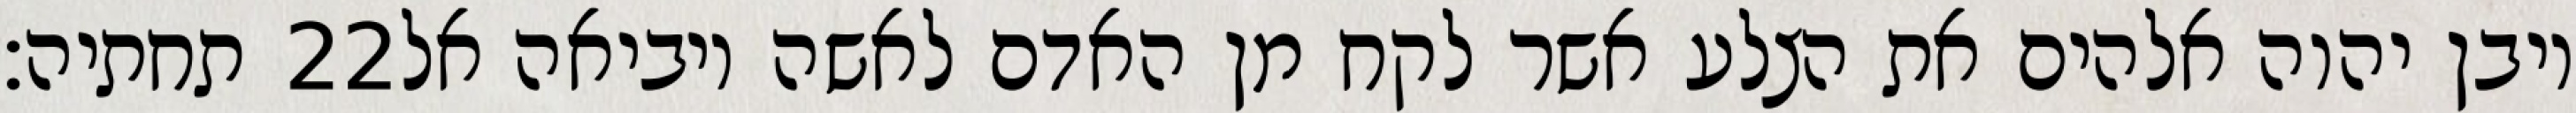
תחתיה׃ ‎22‏ ויבן יהוה אלהים את הצלע אשר לקח מן האדם לאשה ויביאה אל